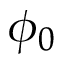
\phi _ { 0 }